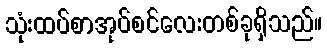
သုံးထပ်စာအုပ်စင်လေးတစ်ခုရှိသည်။